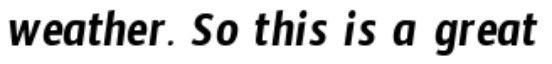
weather. So this is a great